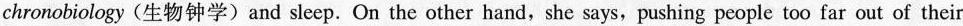
chronobiology (生物钟学) and sleep. On the other hand, she says, pushing people too far out of their